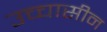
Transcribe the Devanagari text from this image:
उच्चासीन